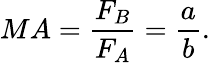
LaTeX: MA={\frac{F_{B}}{F_{A}}}={\frac{a}{b}}.